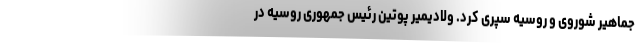
جماهیر شوروی و روسیه سپری کرد. ولادیمیر پوتین رئیس جمهوری روسیه در